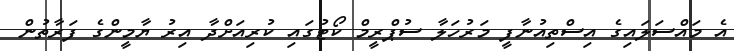
އެ މައްސަލައިގެ އިސްތިއުނާފީ މަރުހަލާ ސުޕްރީމް ކޯޓުގައި ކުރިއަށްދާ އިރު ޔާމީންގެ ފަރާތުން